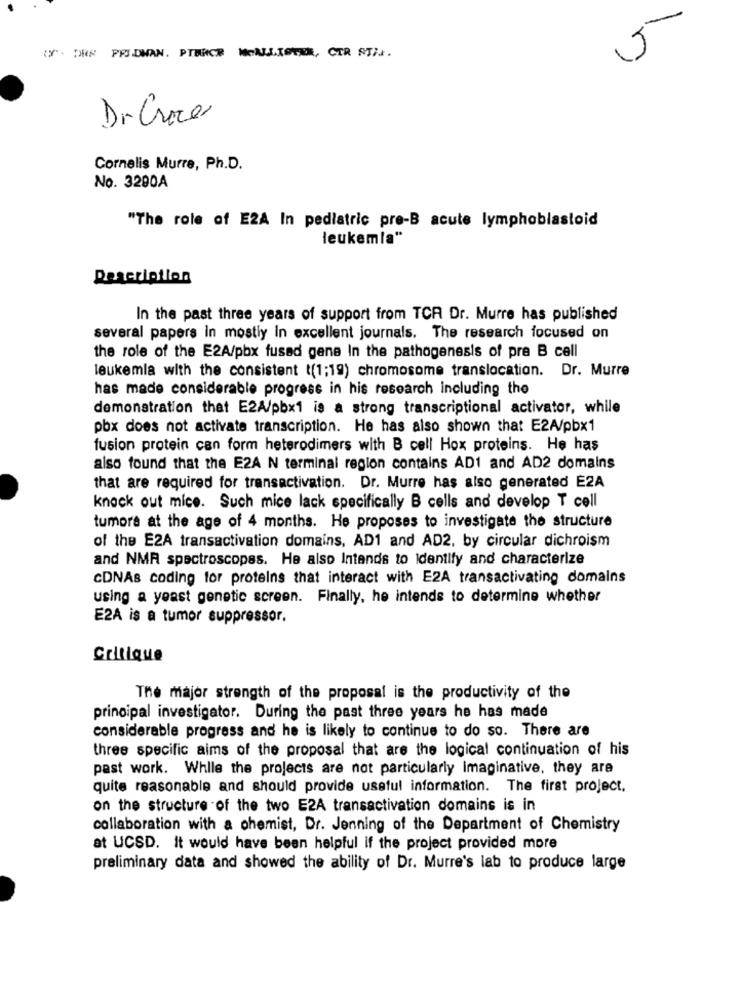
WY . DRE PRJ.DWAN. PTURCE MENJ.ISTER, CTR STIJ.
Dr. Croce
Cornelis Murre, Ph.D.
No. 3290A
"The role of E2A In pediatric pre-B acute lymphoblastoid
leukemla"
Description
In the past three years of support from TCR Dr. Murre has published
several papers in mostly In excellent journals. The research focused on
the role of the E2A/pbx fusad gene In the pathogenesis of pra B cell
leukemia with the consistent t(1;19) chromosome translocation. Dr. Murre
has made considerable progress in his research including the
demonstration that E2A/pbx1 is a strong transcriptional activator, while
pbx does not activate transcription. He has also shown that E2A/pbx1
fusion protein can form heterodimers with B cell Hox proteins. He has
also found that the E2A N terminal region contains AD1 and AD2 domains
that are required for transactivation. Dr. Murre has also generated E2A
knock out mice. Such mice lack specifically B cells and develop T cell
tumors at the age of 4 months. He proposes to investigate the structure
of the E2A transactivation domains, AD1 and AD2, by circular dichroism
and NMR spectroscopes. He also Intends to Identify and characterize
CDNAs coding for proteins that interact with E2A transactivating domains
using a yeast genetic screen. Finally, he intends to determine whether
E2A is a tumor suppressor.
Critique
The major strength of the proposal is the productivity of the
principal investigator. During the past three years he has made
considerable progress and he is likely to continue to do so. There are
three specific aims of the proposal that are the logical continuation of his
past work. While the projects are not particularly imaginative, they are
quite reasonable and should provide useful information. The first project.
on the structure of the two E2A transactivation domains is in
collaboration with a chemist, Dr. Jenning of the Department of Chemistry
at UCSD. It would have been helpful if the project provided more
preliminary data and showed the ability of Dr. Murre's lab to produce large